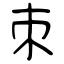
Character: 朿